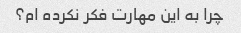
چرا به این مهارت فکر نکرده ام؟